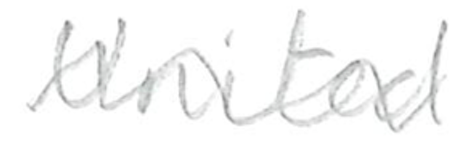
Text: United
Cross-out: mix
Writing tool: pencil